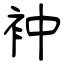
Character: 衶